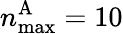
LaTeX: n_{\mathrm{max}}^{\mathrm{A}}=10